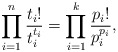
\begin{align*} \prod_{i = 1}^n\frac{t_i!}{t_i^{t_i}} = \prod_{i = 1}^k\frac{p_i!}{p_i^{p_i}}, \end{align*}